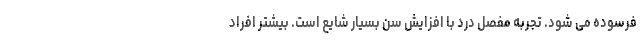
فرسوده می شود. تجربه مفصل درد با افزایش سن بسیار شایع است. بیشتر افراد